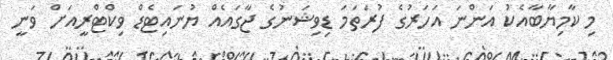
މި ކާމިޔާބާއެކު އަންނަ އަހަރުގެ ފުރަތަމަ ޑިވިޝަނުގެ ޖާގައެއް ޔުނައިޓެޑް ވިކްޓްރީއަށް ވަނީ